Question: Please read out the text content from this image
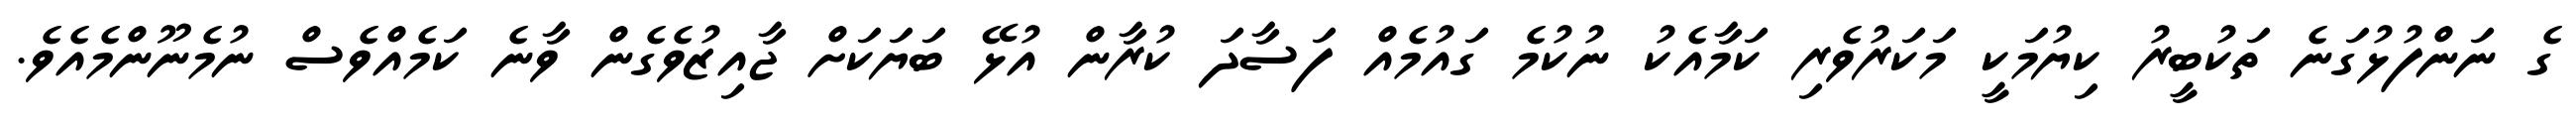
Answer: ގެ ނަންފުޅުގަނެ ތަކުބީރު ކިޔުމަކީ މަކަރުވެރި ކަމާއެކު ނުކުމެ ގައުމެއް ފަސާދަ ކުރާން އުޅޭ ބަޔަކަށް ޖާއިޒުވެގެން ވާނެ ކަމެއްވެސް ނުމެނޫންމެއެވެ.